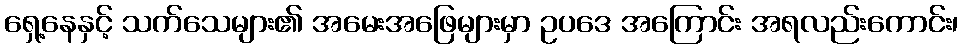
ရှေ့နေနှင့် သက်သေများ၏ အမေးအဖြေများမှာ ဥပဒေ အကြောင်း အရလည်းကောင်း၊